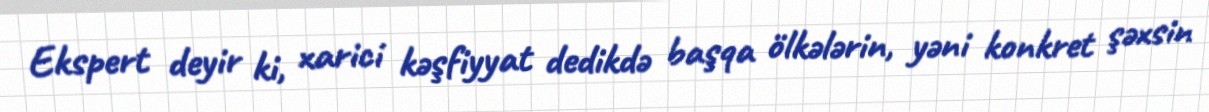
Ekspert deyir ki, xarici kəşfiyyat dedikdə başqa ölkələrin, yəni konkret şəxsin